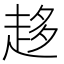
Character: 趍